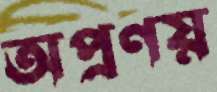
অপ্রণয়